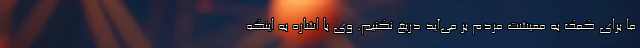
ما برای کمک به معیشت مردم بر می‌آید دریغ نکنیم. وی با اشاره به اینکه